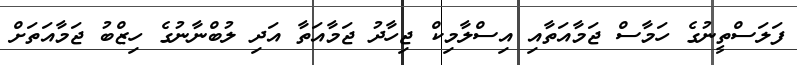
ފަލަސްތީނުގެ ހަމާސް ޖަމާއަތާއި އިސްލާމިކް ޖިހާދު ޖަމާއަތާ އަދި ލުބްނާނުގެ ހިޒްބު ޖަމާއަތަށް